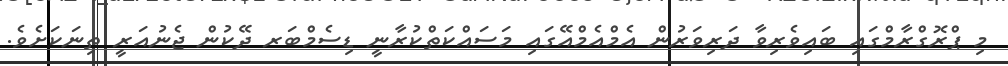
މި ޕްރޮގްރާމްގައި ބައިވެރިވާ ދަރިވަރުން އެމްއެމްއޭގައި މަސައްކަތްކުރާނީ ޑިސެމްބަރ ދޭކުން ޖެނުއަރީ ތިނަކަށެވެ.